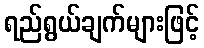
ရည်ရွယ်ချက်များဖြင့်